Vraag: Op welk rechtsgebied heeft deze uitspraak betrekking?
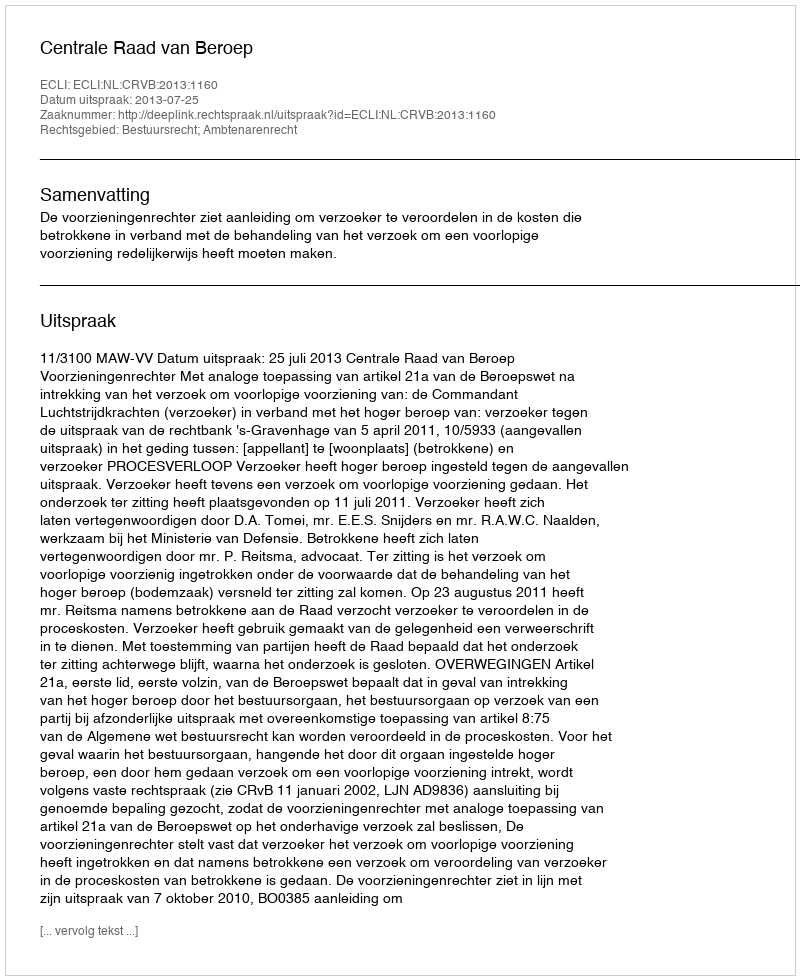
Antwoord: Bestuursrecht; Ambtenarenrecht